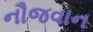
નૌજવાન